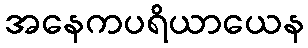
အနေကပရိယာယေန